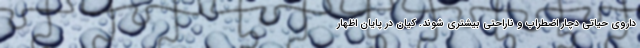
داروی حیاتی دچار اضطراب و ناراحتی بیشتری شوند. کیان در پایان اظهار